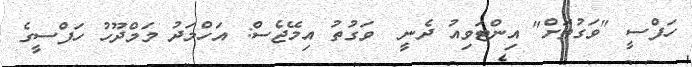
ހަފްސީ "ވަގުތަށް" އިންޓަވިއު ދެނީ  ވަގުތު އިމޭޖެސް: އަހްމަދު މަމްދޫހު ހަފްސީގެ